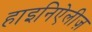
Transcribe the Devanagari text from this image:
हाइनिऐलीज़